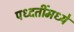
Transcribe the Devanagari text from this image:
पध्दतींमध्ये